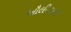
ઔલીયાનો